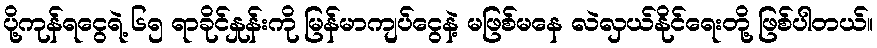
ပို့ကုန်ရငွေရဲ့ ၆၅ ရာခိုင်နှုန်းကို မြန်မာကျပ်ငွေနဲ့ မဖြစ်မနေ လဲလှယ်နိုင်ရေးတို့ ဖြစ်ပါတယ်။